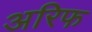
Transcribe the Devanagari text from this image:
अरिफ